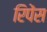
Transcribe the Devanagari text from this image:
रिपेंस